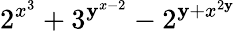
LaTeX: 2^{x^{3}}+3^{\mathbf{y}^{x-2}}-2^{\mathbf{y}+x^{2\mathbf{y}}}